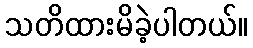
သတိထားမိခဲ့ပါတယ်။